Triennial report on the lunatic asylums in the province of Eastern Bengal and Assam - 1903-1911
Year: 1903
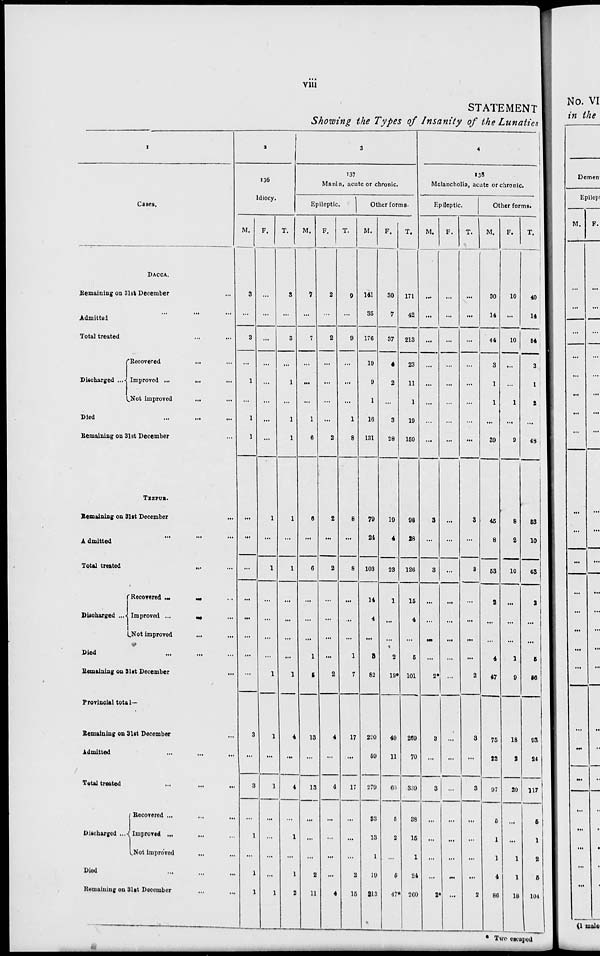
viii
STATEMENT
Showing the Types of Insanity of the Lunatics
1
Cases.
DACCA.
Remaining on 31st December ...
Admitted ... ... ...
Total treated ... ...
Discharged ...
Recovered ... ...
Improved ... ... ...
Not improved
... ...
Died ... ... ...
Remaining on 31st December ...
TEZPUR.
Remaining on 31st December ...
Admitted ... ... ...
Total treated
... ...
Discharged ...
Recovered ... ... ...
Improved ...
...
...
Not improved ... ...
Died
...
... ...
Remaining on 31st December ...
Provincial total—
Remaining on 31st December ...
Admitted ... ... ...
Total treated ... ... ...
Discharged ...
Recovered ... ... ...
Improved ... ... ...
Not improved
... ...
Died ... ... ...
Remaining on 31st December ... ...
2
136
Idiocy.
M.
3
...
3
...
1
...
1
1
...
...
...
...
...
...
...
...
3
...
3
...
1
...
1
1
F.
...
...
...
...
...
...
...
...
1
...
1
...
...
...
...
1
1
...
1
...
...
...
...
1
T.
3
...
3
...
1
...
1
1
1
...
1
...
...
...
...
1
4
...
4
...
1
...
1
2
3
137
Mania, acute or chronic.
Epileptic.
M.
7
...
7
...
...
...
1
6
6
...
6
...
...
...
1
5
13
...
13
...
...
...
2
11
F.
2
...
2
...
...
...
...
2
2
...
2
...
...
...
...
2
4
...
4
...
...
...
...
4
T.
9
...
9
...
...
...
1
8
8
...
8
...
..
...
1
7
17
...
17
...
...
...
2
15
Other forms.
M.
141
35
176
19
9
1
16
131
79
24
103
14
4
...
3
82
220
59
279
33
13
1
19
213
F.
30
7
37
4
2
...
3
28
19
4
23
1
...
...
2
19*
49
11
60
5
2
...
5
47*
T.
171
42
213
23
11
1
19
159
98
28
126
15
4
...
5
101
269
70
339
38
15
1
24
260
4
138
Melancholia, acute or chronic.
Epileptic.
M.
...
...
...
...
...
...
...
...
3
...
3
...
...
...
...
2*
3
...
3
...
...
...
...
2*
F.
...
...
...
...
...
...
...
...
...
...
...
...
...
...
...
...
...
...
...
...
...
...
...
...
T.
...
...
...
...
...
...
...
...
3
...
3
...
...
...
...
2
3
...
3
...
...
...
...
2
Other forms.
M.
30
14
44
3
1
1
...
39
45
8
53
2
...
...
4
47
75
22
97
5
1
1
4
86
F.
10
...
10
...
...
1
...
9
8
2
10
...
...
...
1
9
18
2
20
...
...
1
1
18
T.
40
14
54
3
1
2
...
48
53
10
63
2
...
...
5
56
93
24
117
5
1
2
5
104
* Two escaped